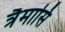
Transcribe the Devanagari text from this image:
त्रैमासि